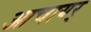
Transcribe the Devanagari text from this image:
आचायर्